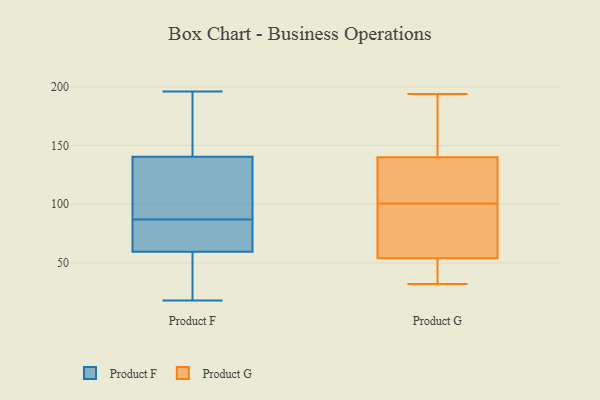
{"axis": {"x": "Latency (ms)", "y": "Value"}, "legend": ["Product F", "Product G"], "data": [{"x": "", "y": 55, "type": "Product F"}, {"x": "", "y": 71, "type": "Product F"}, {"x": "", "y": 130, "type": "Product F"}, {"x": "", "y": 64, "type": "Product F"}, {"x": "", "y": 194, "type": "Product F"}, {"x": "", "y": 72, "type": "Product F"}, {"x": "", "y": 65, "type": "Product F"}, {"x": "", "y": 35, "type": "Product F"}, {"x": "", "y": 37, "type": "Product F"}, {"x": "", "y": 196, "type": "Product F"}, {"x": "", "y": 151, "type": "Product F"}, {"x": "", "y": 103, "type": "Product F"}, {"x": "", "y": 102, "type": "Product F"}, {"x": "", "y": 18, "type": "Product F"}, {"x": "", "y": 184, "type": "Product F"}, {"x": "", "y": 111, "type": "Product F"}, {"x": "", "y": 100, "type": "Product G"}, {"x": "", "y": 58, "type": "Product G"}, {"x": "", "y": 101, "type": "Product G"}, {"x": "", "y": 138, "type": "Product G"}, {"x": "", "y": 142, "type": "Product G"}, {"x": "", "y": 54, "type": "Product G"}, {"x": "", "y": 183, "type": "Product G"}, {"x": "", "y": 190, "type": "Product G"}, {"x": "", "y": 41, "type": "Product G"}, {"x": "", "y": 90, "type": "Product G"}, {"x": "", "y": 101, "type": "Product G"}, {"x": "", "y": 75, "type": "Product G"}, {"x": "", "y": 50, "type": "Product G"}, {"x": "", "y": 194, "type": "Product G"}, {"x": "", "y": 32, "type": "Product G"}, {"x": "", "y": 109, "type": "Product G"}, {"x": "", "y": 35, "type": "Product G"}, {"x": "", "y": 140, "type": "Product G"}]}